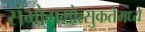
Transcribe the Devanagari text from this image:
संभोगमोत्सुकतेमध्ये